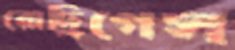
রোদ্রিগেস